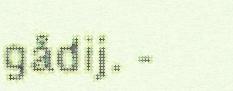
gådij. -